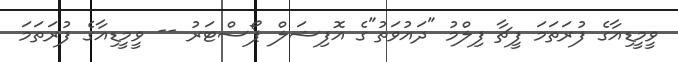
ވީމީޑިއާގެ ފުރަތަމަ ފީޗާ ފިލްމު "ދައުވަތު"ގެ އޮފިޝަލް ޕޯސްޓަރު -- ވީމީޑިއާގެ ފުރަތަމަ